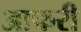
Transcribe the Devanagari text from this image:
आफरी